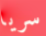
سريا